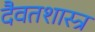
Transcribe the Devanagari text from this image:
दैवतशास्त्र